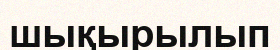
шықырылып